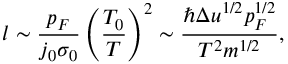
l \sim \frac { p _ { F } } { j _ { 0 } \sigma _ { 0 } } \left( \frac { T _ { 0 } } { T } \right) ^ { 2 } \sim \frac { \hbar \Delta u ^ { 1 / 2 } p _ { F } ^ { 1 / 2 } } { T ^ { 2 } m ^ { 1 / 2 } } ,